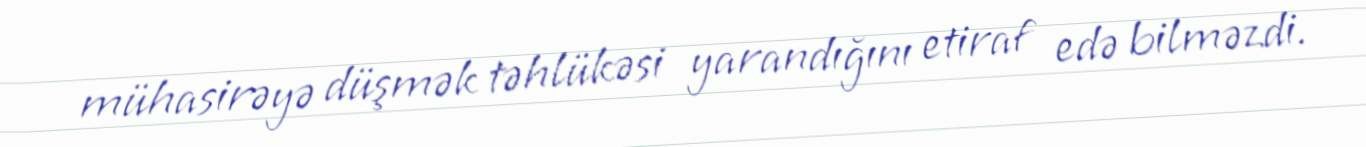
mühasirəyə düşmək təhlükəsi yarandığını etiraf edə bilməzdi.